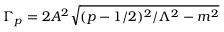
\Gamma _ { p } = 2 A ^ { 2 } \sqrt { ( p - 1 / 2 ) ^ { 2 } / \Lambda ^ { 2 } - m ^ { 2 } }